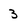
Character: 3